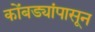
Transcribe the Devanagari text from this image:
कोंबड्यांपासून